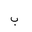
Letter: _ba